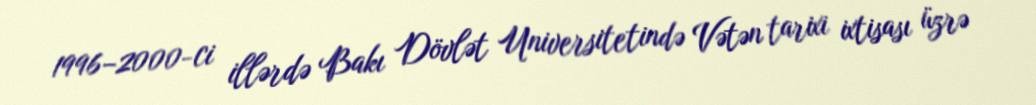
1996–2000-ci illərdə Bakı Dövlət Universitetində Vətən tarixi ixtisası üzrə